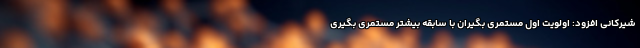
شیرکانی افزود: اولویت اول مستمری بگیران با سابقه بیشتر مستمری بگیری